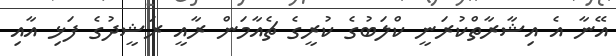
އޭނާ އެ އިޝާރާތްކުރަނީ ކްލަބުގެ ކުރީގެ ޗެއާމަން ރާއީ ރަޝީދުގެ ފަޅި އާއި